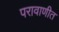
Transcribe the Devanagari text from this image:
परावाणीत